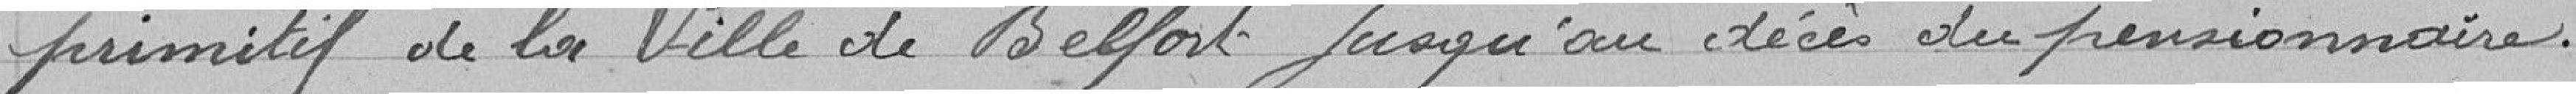
primitif de la Ville de Belfort jusqu'au décès du pensionnaire.